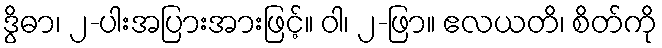
ဒွိဓာ၊ ၂-ပါးအပြားအားဖြင့်။ ဝါ၊ ၂-ဖြာ။ ဧလယတိ၊ စိတ်ကို